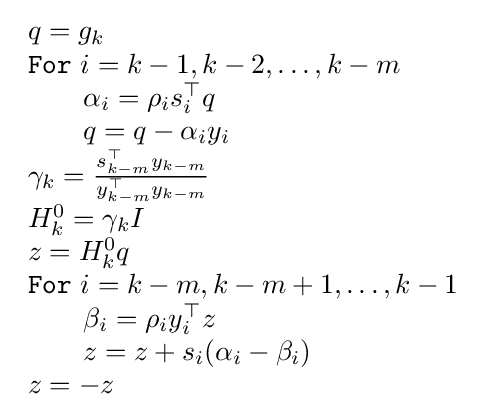
{\begin{array}{l}q=g_{k}\\{\mathtt {For}}\ i=k-1,k-2,\ldots ,k-m\\\qquad \alpha _{i}=\rho _{i}s_{i}^{\top }q\\\qquad q=q-\alpha _{i}y_{i}\\\gamma _{k}={\frac {s_{k-m}^{\top }y_{k-m}}{y_{k-m}^{\top }y_{k-m}}}\\H_{k}^{0}=\gamma _{k}I\\z=H_{k}^{0}q\\{\mathtt {For}}\ i=k-m,k-m+1,\ldots ,k-1\\\qquad \beta _{i}=\rho _{i}y_{i}^{\top }z\\\qquad z=z+s_{i}(\alpha _{i}-\beta _{i})\\z=-z\end{array}}